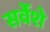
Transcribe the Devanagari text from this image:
सर्वेशे